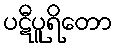
ပဋီပူရိတော